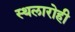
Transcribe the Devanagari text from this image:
स्थलारोही